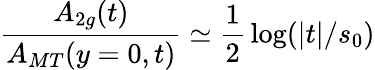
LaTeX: {\frac{A_{2g}(t)}{A_{MT}(y=0,t)}}\simeq{\frac{1}{2}}\log(|t|/s_{0})